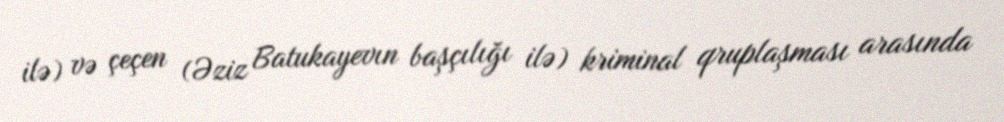
ilə) və çeçen (Əziz Batukayevın başçılığı ilə) kriminal qruplaşması arasında